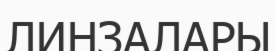
ЛИНЗАЛАРЫ